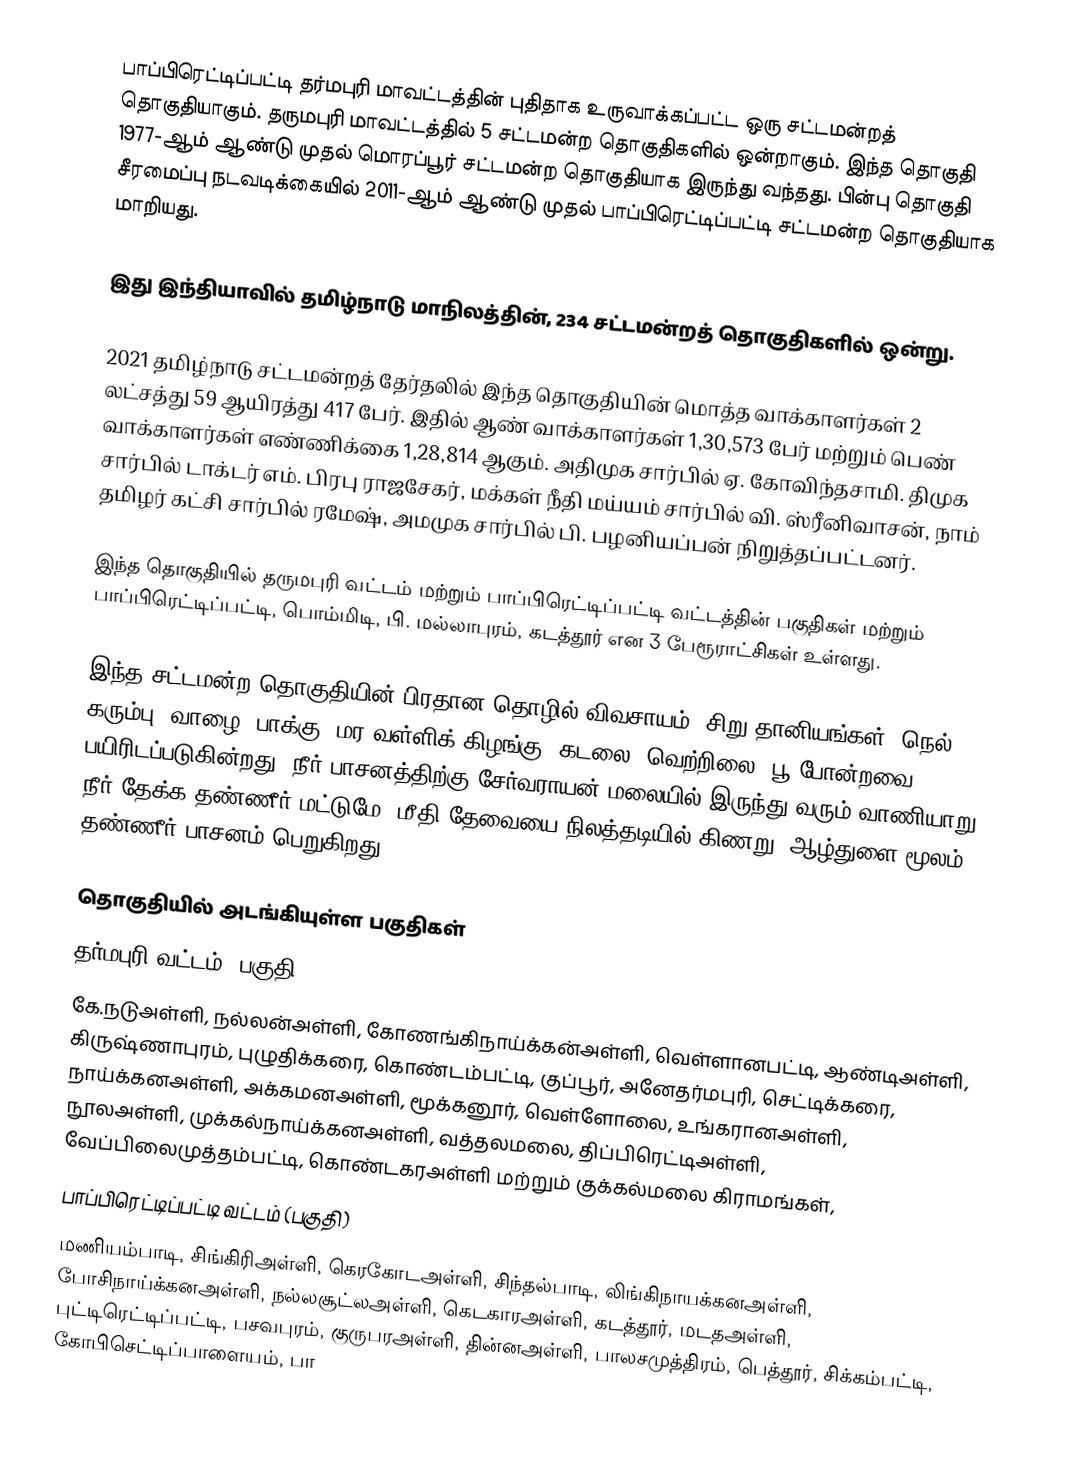
பாப்பிரெட்டிப்பட்டி தர்மபுரி மாவட்டத்தின் புதிதாக உருவாக்கப்பட்ட ஒரு சட்டமன்றத் தொகுதியாகும். தருமபுரி மாவட்டத்தில் 5 சட்டமன்ற தொகுதிகளில் ஒன்றாகும். இந்த தொகுதி 1977-ஆம் ஆண்டு முதல் மொரப்பூர் சட்டமன்ற தொகுதியாக இருந்து வந்தது. பின்பு தொகுதி சீரமைப்பு நடவடிக்கையில் 2011-ஆம் ஆண்டு முதல் பாப்பிரெட்டிப்பட்டி சட்டமன்ற தொகுதியாக மாறியது.

இது இந்தியாவில் தமிழ்நாடு மாநிலத்தின், 234 சட்டமன்றத் தொகுதிகளில் ஒன்று.

2021 தமிழ்நாடு சட்டமன்றத் தேர்தலில் இந்த தொகுதியின் மொத்த வாக்காளர்கள் 2 லட்சத்து 59 ஆயிரத்து 417 பேர். இதில் ஆண் வாக்காளர்கள் 1,30,573 பேர் மற்றும் பெண் வாக்காளர்கள் எண்ணிக்கை 1,28,814 ஆகும். அதிமுக சார்பில் ஏ. கோவிந்தசாமி. திமுக சார்பில் டாக்டர் எம். பிரபு ராஜசேகர், மக்கள் நீதி மய்யம் சார்பில் வி. ஸ்ரீனிவாசன், நாம் தமிழர் கட்சி சார்பில் ரமேஷ், அமமுக சார்பில் பி. பழனியப்பன் நிறுத்தப்பட்டனர்.

இந்த தொகுதியில் தருமபுரி வட்டம் மற்றும் பாப்பிரெட்டிப்பட்டி வட்டத்தின் பகுதிகள் மற்றும் பாப்பிரெட்டிப்பட்டி, பொம்மிடி, பி. மல்லாபுரம், கடத்தூர் என 3 பேரூராட்சிகள் உள்ளது.

இந்த சட்டமன்ற தொகுதியின் பிரதான தொழில் விவசாயம், சிறு தானியங்கள், நெல், கரும்பு, வாழை, பாக்கு, மர வள்ளிக் கிழங்கு, கடலை, வெற்றிலை, பூ போன்றவை பயிரிடப்படுகின்றது. நீர் பாசனத்திற்கு சேர்வராயன் மலையில் இருந்து வரும் வாணியாறு நீர் தேக்க தண்ணீர் மட்டுமே. மீதி தேவையை நிலத்தடியில் கிணறு, ஆழ்துளை மூலம் தண்ணீர் பாசனம் பெறுகிறது.

தொகுதியில் அடங்கியுள்ள பகுதிகள்
 தர்மபுரி வட்டம் (பகுதி)
கே.நடுஅள்ளி, நல்லன்அள்ளி, கோணங்கிநாய்க்கன்அள்ளி, வெள்ளானபட்டி, ஆண்டிஅள்ளி, கிருஷ்ணாபுரம், புழுதிக்கரை, கொண்டம்பட்டி, குப்பூர், அனேதர்மபுரி, செட்டிக்கரை, நாய்க்கனஅள்ளி, அக்கமனஅள்ளி, மூக்கனூர், வெள்ளோலை, உங்கரானஅள்ளி, நூலஅள்ளி, முக்கல்நாய்க்கனஅள்ளி, வத்தலமலை, திப்பிரெட்டிஅள்ளி, வேப்பிலைமுத்தம்பட்டி, கொண்டகரஅள்ளி மற்றும் குக்கல்மலை கிராமங்கள்,
 பாப்பிரெட்டிப்பட்டி வட்டம்  (பகுதி)
மணியம்பாடி, சிங்கிரிஅள்ளி, கெரகோடஅள்ளி, சிந்தல்பாடி, லிங்கிநாயக்கனஅள்ளி, போசிநாய்க்கனஅள்ளி, நல்லசூட்லஅள்ளி, கெடகாரஅள்ளி, கடத்தூர், மடதஅள்ளி, புட்டிரெட்டிப்பட்டி, பசவபுரம், குருபரஅள்ளி, தின்னஅள்ளி, பாலசமுத்திரம், பெத்தூர், சிக்கம்பட்டி, கோபிசெட்டிப்பாளையம், பா